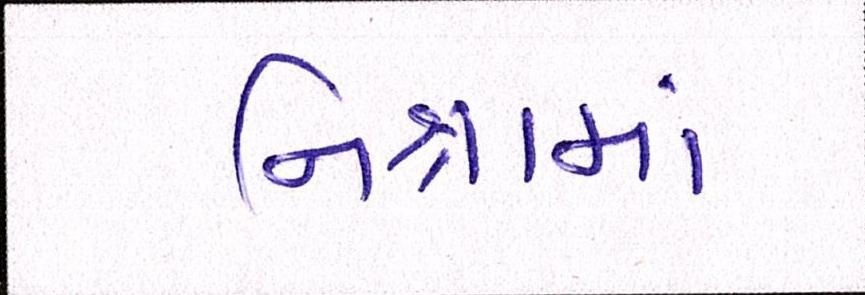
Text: નિશ્રામાં